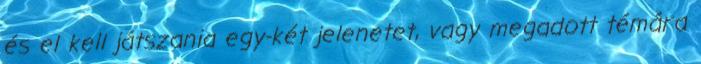
és el kell játszania egy-két jelenetet, vagy megadott témára